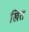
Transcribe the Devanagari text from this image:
खित